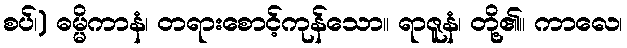
စပ်၊) ဓမ္မိကာနံ၊ တရားစောင့်ကုန်သော။ ရာဇူနံ၊ တို့၏။ ကာလေ၊